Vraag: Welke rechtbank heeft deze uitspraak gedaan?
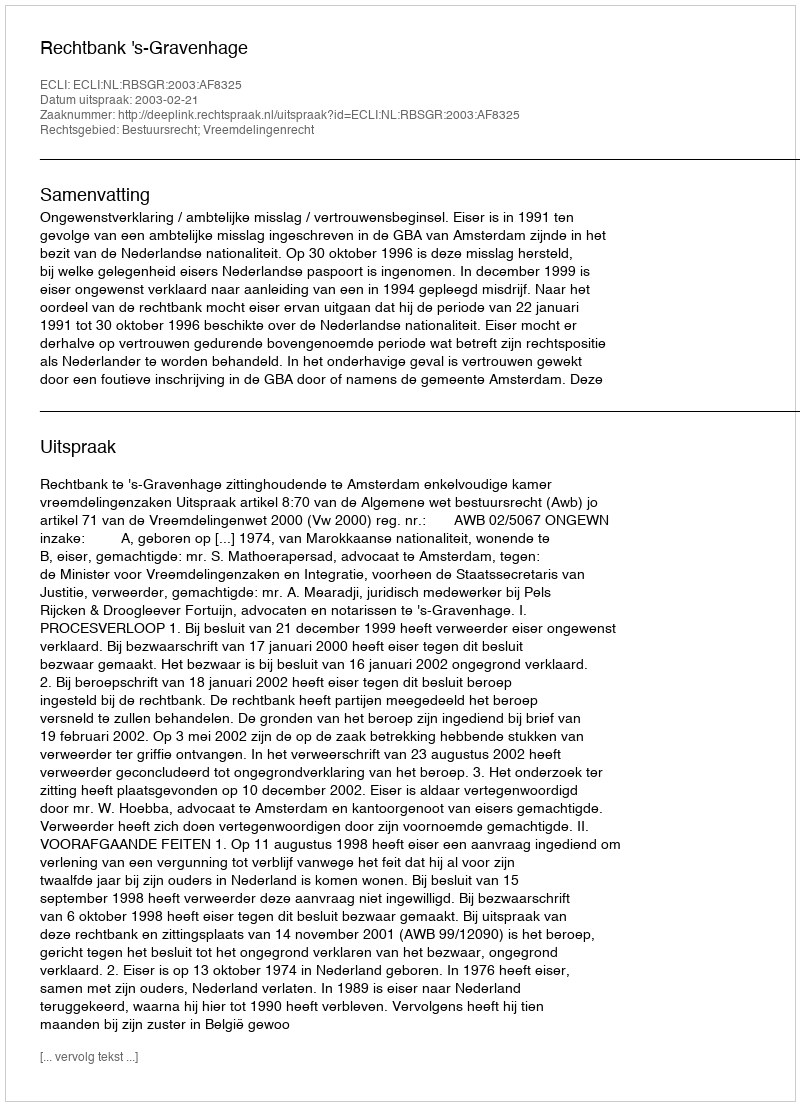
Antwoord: Rechtbank 's-Gravenhage